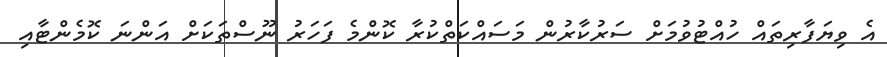
އެ ވިޔަފާރިތައް ހުއްޓުުވުމަށް ސަރުކާރުން މަަސައްކަތްކުރާ ކޮންމެ ފަހަރު ނޫސްތަކަށް އަންނަ ކޮމެންޓާއި